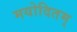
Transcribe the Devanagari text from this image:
मयोदितम्